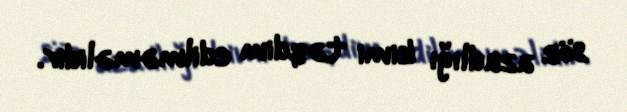
söz azadlığı kimi təqdim edilməməlidir.